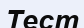
Тест